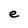
Character: e